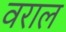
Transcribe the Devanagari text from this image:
वराल